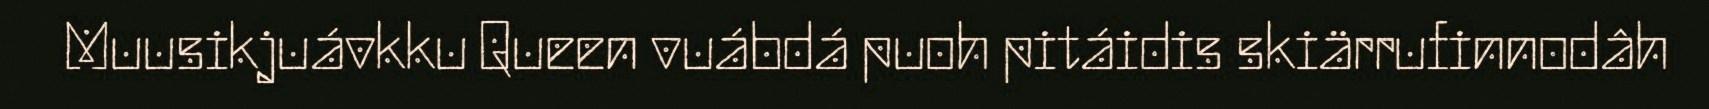
Muusikjuávkku Queen vuábdá puoh pitáidis skiärrufinnodâh